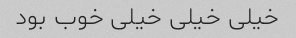
خیلی خیلی خیلی خوب بود